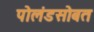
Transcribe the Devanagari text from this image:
पोलंडसोबत